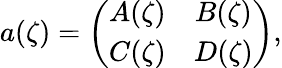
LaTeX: a(\zeta)=\left(\begin{array}{cc}{{A(\zeta)}}&{{B(\zeta)}}\\ {{C(\zeta)}}&{{D(\zeta)}}\end{array}\right),